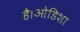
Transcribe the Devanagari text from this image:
है।ओडिशा